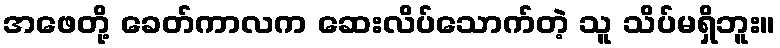
အဖေတို့ ခေတ်ကာလက ဆေးလိပ်သောက်တဲ့ သူ သိပ်မရှိဘူး။